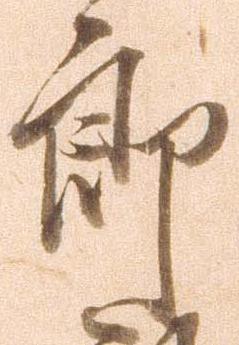
郎